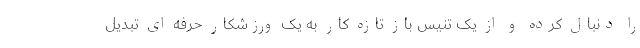
را دنبال کرده و از یک تنیس باز تازه کار به یک ورزشکار حرفه ای تبدیل